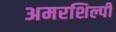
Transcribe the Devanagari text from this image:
अमरशिल्पी